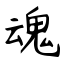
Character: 魂